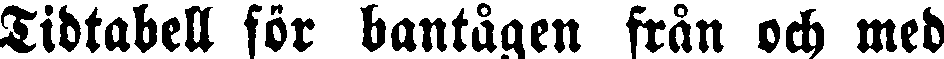
Tidtabell för bantågen från och med